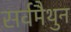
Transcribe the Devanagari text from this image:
सर्वमैथुन